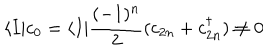
LaTeX: \langle I | c _ { 0 } = \langle I | { \frac { ( - 1 ) ^ { n } } { 2 } } ( c _ { 2 n } + c _ { 2 n } ^ { \dagger } ) \not = 0